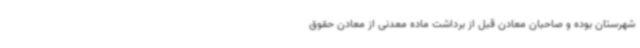
شهرستان بوده و صاحبان معادن قبل از برداشت ماده معدنی از معادن حقوق